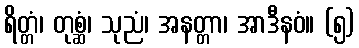
ရိတ္တံ၊ တုစ္ဆံ၊ သုညံ၊ အနတ္တာ၊ အာဒီနဝံ။ (၅)